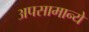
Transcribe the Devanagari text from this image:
अपसामान्ये